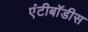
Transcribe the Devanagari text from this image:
एंटीबॉडीस